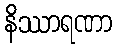
နိဿာရဏာ